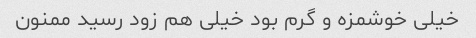
خیلی خوشمزه و گرم بود خیلی هم زود رسید ممنون